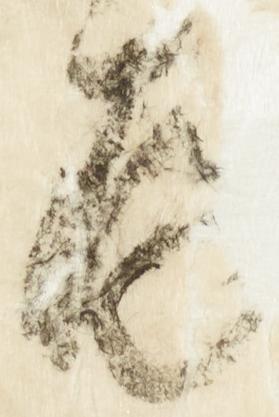
存